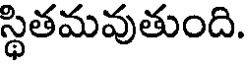
స్థితమవుతుంది.